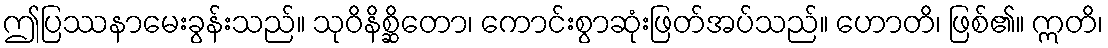
ဤပြဿနာမေးခွန်းသည်။ သုဝိနိစ္ဆိတော၊ ကောင်းစွာဆုံးဖြတ်အပ်သည်။ ဟောတိ၊ ဖြစ်၏။ ဣတိ၊